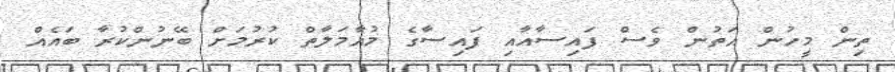
ތިން މީހުން އަތުން ވެސް ފައިސާއާއި ފައިސާގެ މުއާމަލާތް ކުރުމަށް ބޭނުންކުރާ ބައެއް